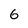
Character: 6